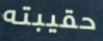
حقيبته